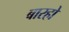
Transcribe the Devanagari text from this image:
बारहो